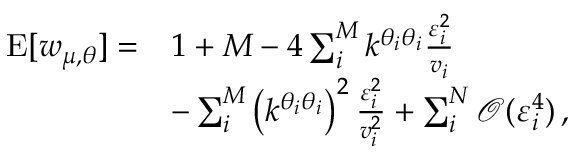
\begin{array} { r l } { \mathrm { E } [ w _ { \mu , \boldsymbol { \theta } } ] = } & { 1 + M - 4 \sum _ { i } ^ { M } k ^ { \theta _ { i } \theta _ { i } } \frac { \varepsilon _ { i } ^ { 2 } } { v _ { i } } } \\ & { - \sum _ { i } ^ { M } \left( k ^ { \theta _ { i } \theta _ { i } } \right) ^ { 2 } \frac { \varepsilon _ { i } ^ { 2 } } { v _ { i } ^ { 2 } } + \sum _ { i } ^ { N } \mathcal { O } ( \varepsilon _ { i } ^ { 4 } ) \, , } \end{array}